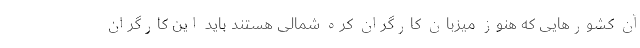
آن کشورهایی که هنوز میزبان کارگران کره شمالی هستند باید این کارگران